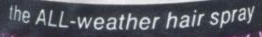
the ALL-weather hair spray